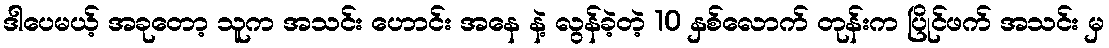
ဒါပေမယ့် အခုတော့ သူက အသင်း ဟောင်း အနေ နဲ့ လွန်ခဲ့တဲ့ 10 နှစ်လောက် တုန်းက ပြိုင်ဖက် အသင်း မှ